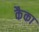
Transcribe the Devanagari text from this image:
कैका